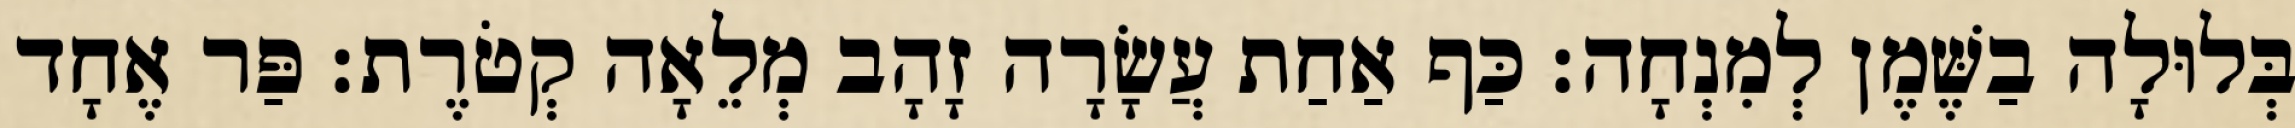
בְּלוּלָה בַשֶּׁמֶן לְמִנְחָה׃ כַּף אַחַת עֲשָׂרָה זָהָב מְלֵאָה קְטֹרֶת׃ פַּר אֶחָד